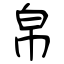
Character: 帛